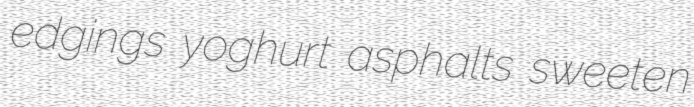
edgings yoghurt asphalts sweeten